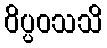
ဝိပ္ပဝသသိ